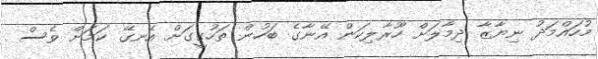
މުހައްމަދު ނިޔާޒާ ދިމާލަށް ހޫރާލިކަން އޭނާގެ ބަހުން ތަހުގީގަށް އެނގޭ ކަމަށް ވެސް